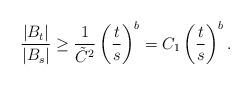
LaTeX: \begin{align*}\frac{|B_t|}{|B_s|} \ge \frac{1}{\tilde C^2} \left( \frac{t}{s} \right)^b = C_1 \left( \frac{t}{s} \right)^b.\end{align*}